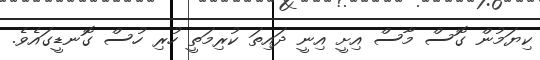
ކިޔަމުން ގޮސް މާސް އިށީ އިނީ ދައިތަ ކުރިމަތީ ހުރި ހުސް ގޮނޑީގައެވެ.